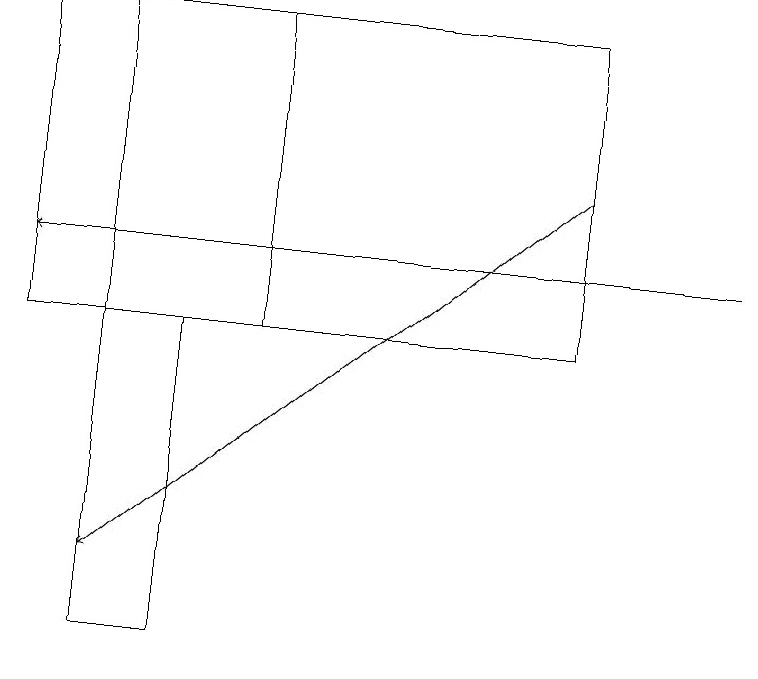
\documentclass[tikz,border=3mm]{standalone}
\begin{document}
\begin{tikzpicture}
\draw (2,14) rectangle (1,10);
\draw (1,14) rectangle (3,18);
\draw[->] (7,16) -- (1,11);
\draw (0,18) rectangle (7,14);
\draw[->] (9,15) -- (0,15);
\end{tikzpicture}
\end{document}